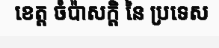
ខេត្ត ចំប៉ាសក្តិ នៃ ប្រទេស